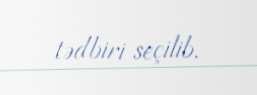
tədbiri seçilib.